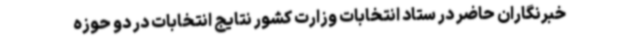
خبرنگاران حاضر در ستاد انتخابات وزارت کشور نتایج انتخابات در دو حوزه